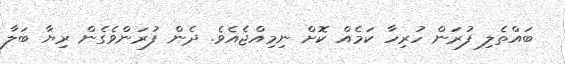
ބައްތެލި ފުރަން ހުރިހާ ކަމެއް ކޮށް ނިމިއްޖެއެވެ. ދެން ފުރަންވެގެން ރިޔާ ބަލާ